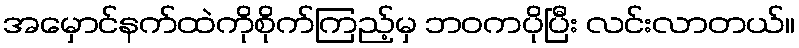
အမှောင်နက်ထဲကိုစိုက်ကြည့်မှ ဘဝကပိုပြီး လင်းလာတယ်။